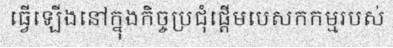
ធ្វើឡើងនៅក្នុងកិច្ចប្រជុំផ្តើមបេសកកម្មរបស់